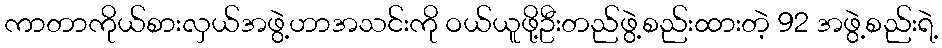
ကာတာကိုယ်စားလှယ်အဖွဲ့ဟာအသင်းကို ဝယ်ယူဖို့ဦးတည်ဖွဲ့စည်းထားတဲ့ 92 အဖွဲ့စည်းရဲ့